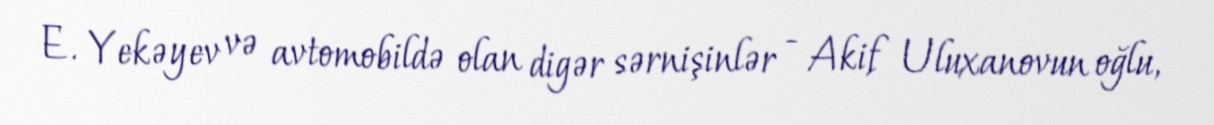
E. Yekəyev və avtomobildə olan digər sərnişinlər - Akif Uluxanovun oğlu,